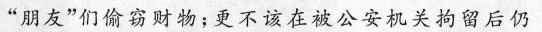
”朋友”们偷窃财物；更不该在被公安机关拘留后仍